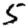
Digit: 5